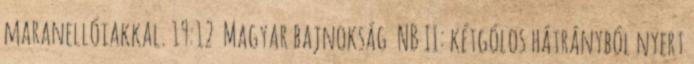
maranellóiakkal. 19:12 Magyar bajnokság NB II: kétgólos hátrányból nyert